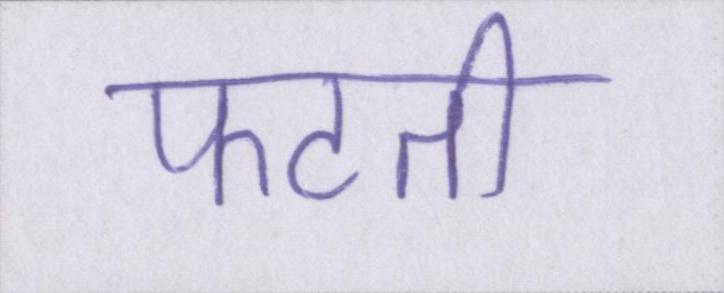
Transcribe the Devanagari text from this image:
फटती